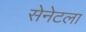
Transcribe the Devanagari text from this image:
सेनेटला